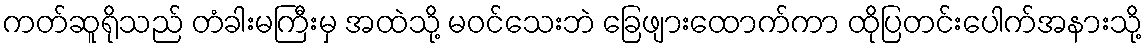
ကတ်ဆူရိုသည် တံခါးမကြီးမှ အထဲသို့ မဝင်သေးဘဲ ခြေဖျားထောက်ကာ ထိုပြတင်းပေါက်အနားသို့